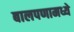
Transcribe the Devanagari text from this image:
बालपणामध्ये